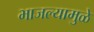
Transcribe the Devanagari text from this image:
भाजल्यामुळे